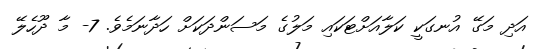
އަދި މަގޭ އުނގަކީ ކަލާއަށްޓަކައި މަލުގެ މަސަންދަކަށް ހަދާނަމެވެ. 7- މާ ދޫހެލޭ